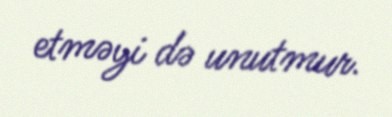
etməyi də unutmur.